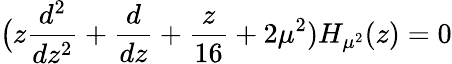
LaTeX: \bigl(z{\frac{d^{2}}{dz^{2}}}+{\frac{d}{dz}}+{\frac{z}{16}}+2\mu^{2})H_{\mu^{2}}(z)=0